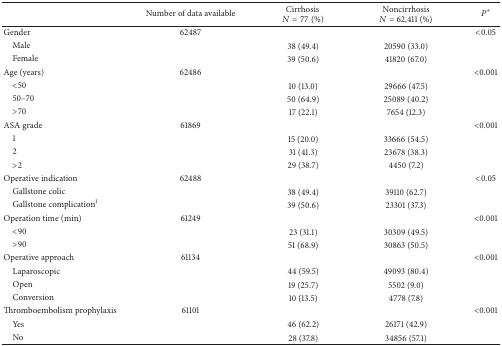
|  | Number of data available | CirrhosisN = 77 (%) | NoncirrhosisN = 62,411 (%) | P∗ |
 | --- | --- | --- | --- | --- |
 | Gender | 62487 |  |  | <0.05 |
 | Male |  | 38 (49.4) | 20590 (33.0) |  |
 | Female |  | 39 (50.6) | 41820 (67.0) |  |
 | Age (years) | 62486 |  |  | <0.001 |
 | <50 |  | 10 (13.0) | 29666 (47.5) |  |
 | 50–70 |  | 50 (64.9) | 25089 (40.2) |  |
 | >70 |  | 17 (22.1) | 7654 (12.3) |  |
 | ASA grade | 61869 |  |  | <0.001 |
 | 1 |  | 15 (20.0) | 33666 (54.5) |  |
 | 2 |  | 31 (41.3) | 23678 (38.3) |  |
 | >2 |  | 29 (38.7) | 4450 (7.2) |  |
 | Operative indication | 62488 |  |  | <0.05 |
 | Gallstone colic |  | 38 (49.4) | 39110 (62.7) |  |
 | Gallstone complication1 |  | 39 (50.6) | 23301 (37.3) |  |
 | Operation time (min) | 61249 |  |  | <0.001 |
 | <90 |  | 23 (31.1) | 30309 (49.5) |  |
 | >90 |  | 51 (68.9) | 30863 (50.5) |  |
 | Operative approach | 61134 |  |  | <0.001 |
 | Laparoscopic |  | 44 (59.5) | 49093 (80.4) |  |
 | Open |  | 19 (25.7) | 5502 (9.0) |  |
 | Conversion |  | 10 (13.5) | 4778 (7.8) |  |
 | Thromboembolism prophylaxis | 61101 |  |  | <0.001 |
 | Yes |  | 46 (62.2) | 26171 (42.9) |  |
 | No |  | 28 (37.8) | 34856 (57.1) |  |